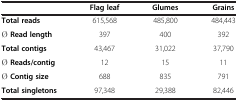
<table><thead><tr><td><b> </b></td><td><b>Flag leaf</b></td><td><b>Glumes</b></td><td><b>Grains</b></td></tr></thead><tbody><tr><td><b>Total reads</b></td><td>615,568</td><td>485,800</td><td>484,443</td></tr><tr><td><b>Ø Read length</b></td><td>397</td><td>400</td><td>392</td></tr><tr><td><b>Total contigs</b></td><td>43,467</td><td>31,022</td><td>37,790</td></tr><tr><td><b>Ø Reads/contig</b></td><td>12</td><td>15</td><td>11</td></tr><tr><td><b>Ø Contig size</b></td><td>688</td><td>835</td><td>791</td></tr><tr><td><b>Total singletons</b></td><td>97,348</td><td>29,388</td><td>82,446</td></tr></tbody></table>